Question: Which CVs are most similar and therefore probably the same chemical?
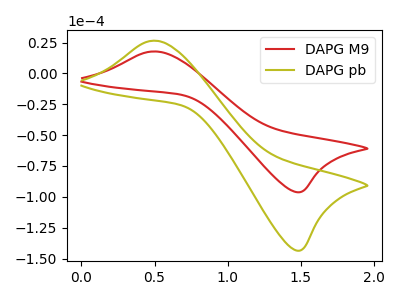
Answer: <think>The red curve "DAPG M9" has an anodic peak at (0.50V, 17.75uA) and a cathodic peak at (1.45V, -96.20uA). The olive curve "DAPG pb" has an anodic peak at (0.50V, 26.45uA) and a cathodic peak at (1.45V, -143.50uA).
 All the peaks in "DAPG M9" have a peak in "DAPG pb" at the same potential. Every peak in "DAPG M9" is lower than every peak in "DAPG pb".</think>
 <answer>"DAPG M9" and "DAPG pb" have the same shape and are likely CV's of the same chemical.</answer>
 <eval>"DAPG M9" "DAPG pb"</eval>